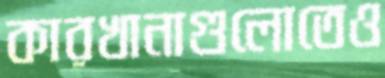
কারখানাগুলোতেও